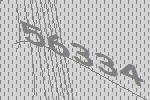
56334